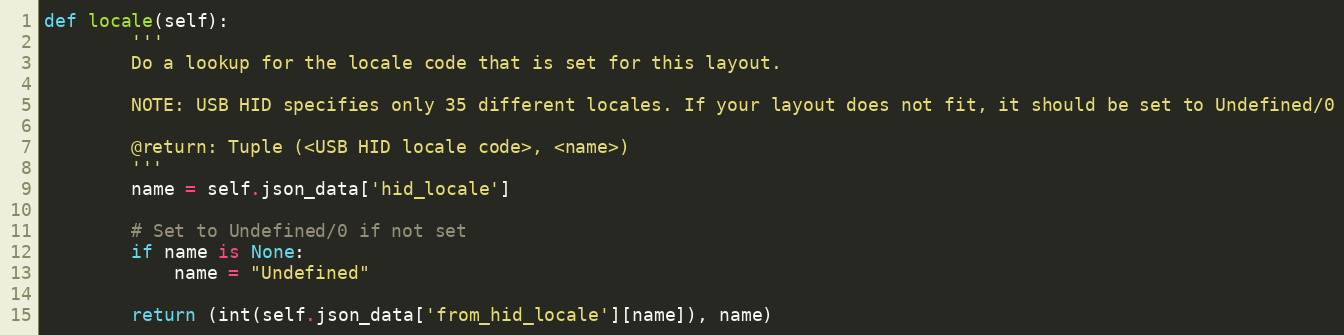
Language: Python
def locale(self):
        '''
        Do a lookup for the locale code that is set for this layout.

        NOTE: USB HID specifies only 35 different locales. If your layout does not fit, it should be set to Undefined/0

        @return: Tuple (<USB HID locale code>, <name>)
        '''
        name = self.json_data['hid_locale']

        # Set to Undefined/0 if not set
        if name is None:
            name = "Undefined"

        return (int(self.json_data['from_hid_locale'][name]), name)